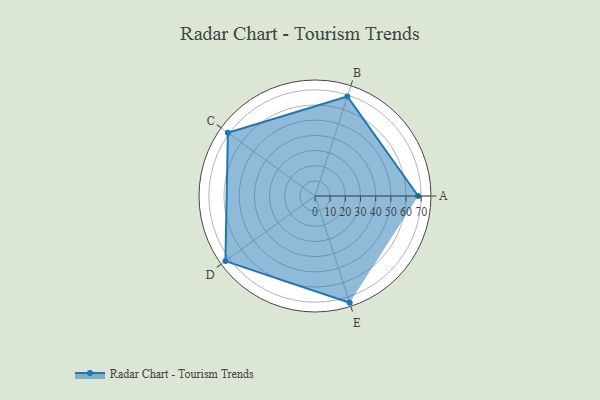
{"axis": {"x": "Skill", "y": "Score"}, "legend": ["Profile"], "data": [{"x": "A", "y": 68.0, "type": "Profile"}, {"x": "B", "y": 69.0, "type": "Profile"}, {"x": "C", "y": 71.0, "type": "Profile"}, {"x": "D", "y": 73.0, "type": "Profile"}, {"x": "E", "y": 74.0, "type": "Profile"}]}